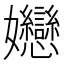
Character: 㜻